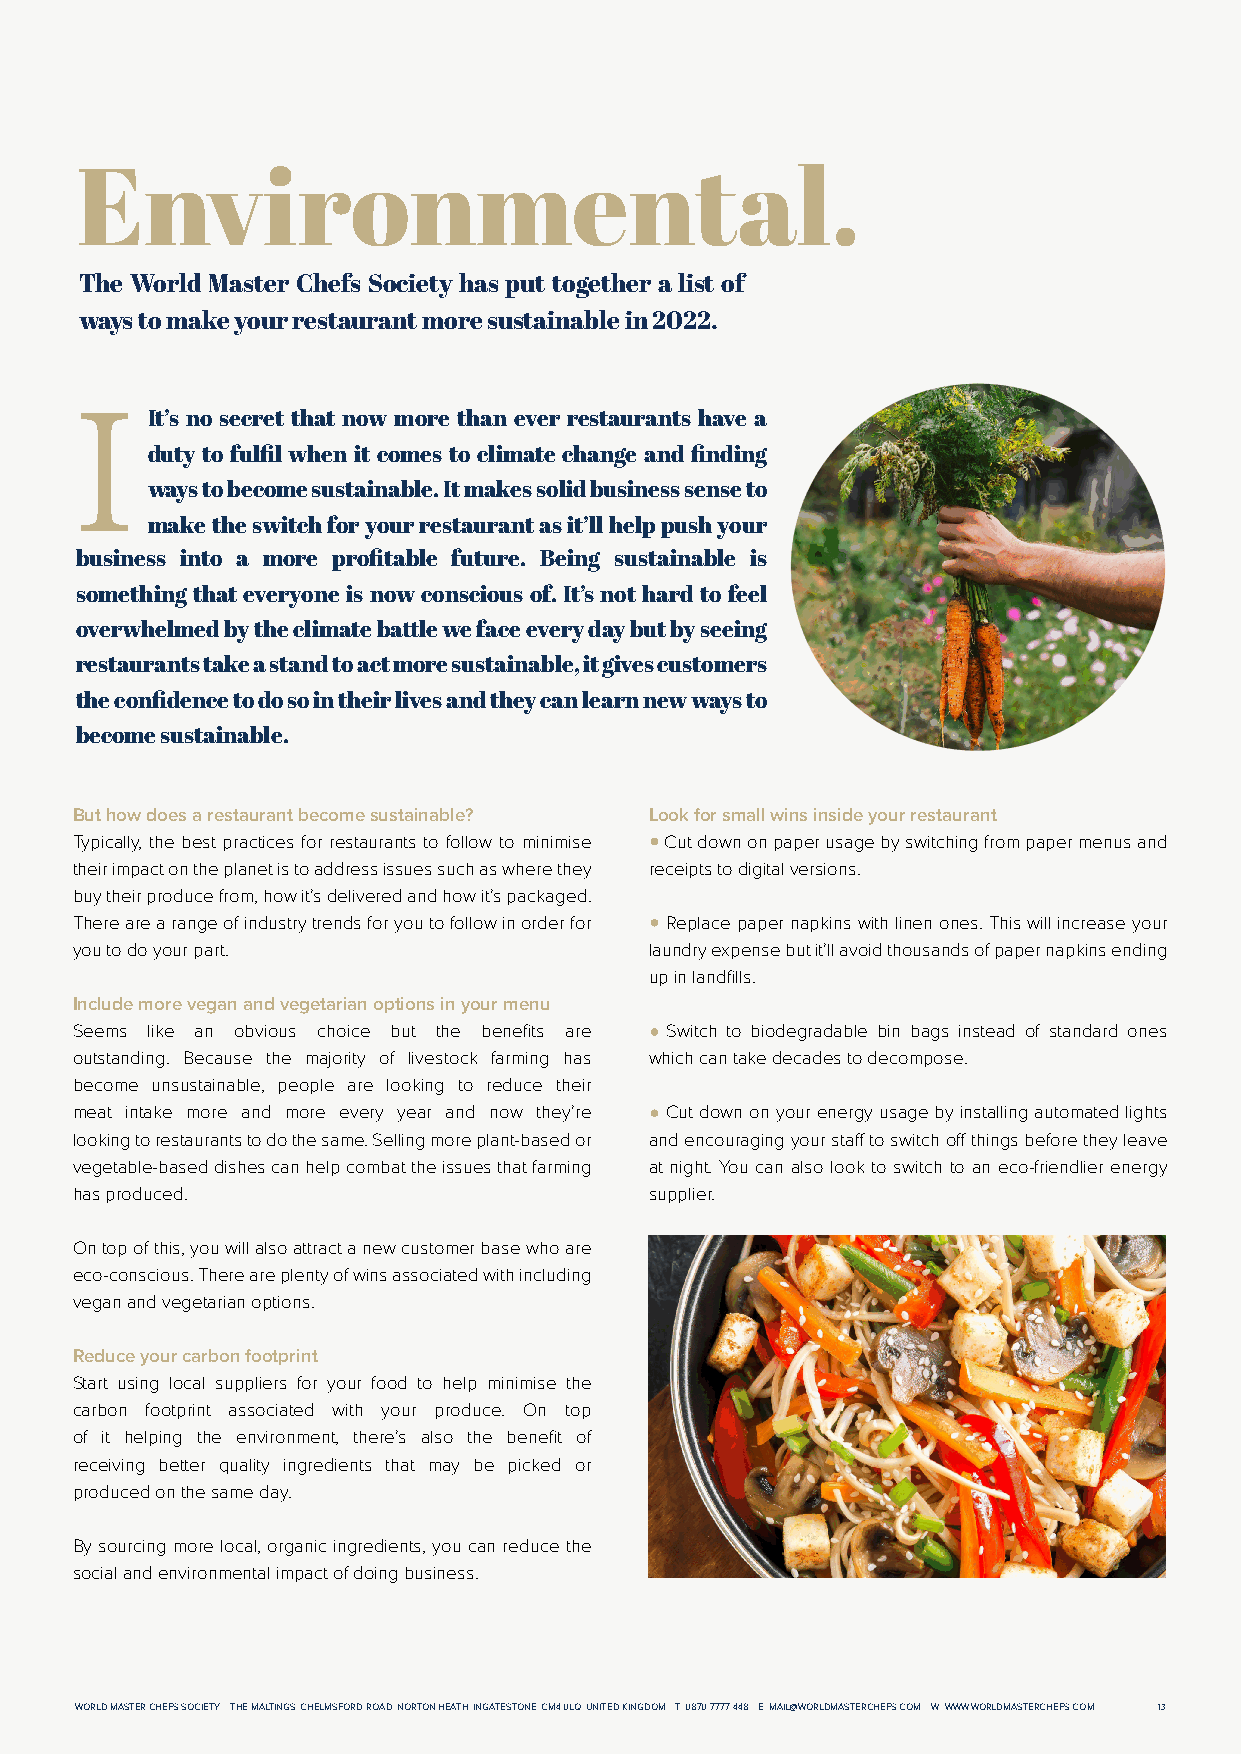
Environmental.
 The World Master Chefs Society has put together a list of
 ways to make your restaurant more sustainable in 2022.
 It’s no secret that now more than ever restaurants have a
 I
 duty to fulfil when it comes to climate change and finding
 ways to become sustainable. It makes solid business sense to
 make the switch for your restaurant as it’ll help push your
 business into a more profitable future. Being sustainable is
 something that everyone is now conscious of. It’s not hard to feel
 overwhelmed by the climate battle we face every day but by seeing
 restaurants take a stand to act more sustainable, it gives customers
 the confidence to do so in their lives and they can learn new ways to
 become sustainable.
 But how does a restaurant become sustainable? Look for small wins inside your restaurant
 Typically, the best practices for restaurants to follow to minimise Cut down on paper usage by switching from paper menus and
 their impact on the planet is to address issues such as where they receipts to digital versions.
 buy their produce from, how it’s delivered and how it’s packaged.
 There are a range of industry trends for you to follow in order for Replace paper napkins with linen ones. This will increase your
 you to do your part.                  laundry expense but it’ll avoid thousands of paper napkins ending
 up in landfills.
 Include more vegan and vegetarian options in your menu
 Seems like an obvious choice but the benefits are Switch to biodegradable bin bags instead of standard ones
 outstanding. Because the majority of livestock farming has which can take decades to decompose.
 become unsustainable, people are looking to reduce their
 meat intake more and more every year and now they’re Cut down on your energy usage by installing automated lights
 looking to restaurants to do the same. Selling more plant-based or and encouraging your staff to switch off things before they leave
 vegetable-based dishes can help combat the issues that farming at night. You can also look to switch to an eco-friendlier energy
 has produced.                         supplier.
 On top of this, you will also attract a new customer base who are
 eco-conscious. There are plenty of wins associated with including
 vegan and vegetarian options.
 Reduce your carbon footprint
 Start using local suppliers for your food to help minimise the
 carbon footprint associated with your produce. On top
 of it helping the environment, there’s also the benefit of
 receiving better quality ingredients that may be picked or
 produced on the same day.
 By sourcing more local, organic ingredients, you can reduce the
 social and environmental impact of doing business.
 WWOORRLLDD MMAASSTTEERR CCHHEEFFSS SSOOCCIIEETTYY TTHHEE MMAALLTTIINNGGSS,, CCHHEELLMMSSFFOORRDD RROOAADD,, NNOORRTTOONN HHEEAATTHH,, IINNGGAATTEESSTTOONNEE,, CCMM44 00LLQQ,, UUNNIITTEEDD KKIINNGGDDOOMM TT:: 00887700 77777777 444488 EE:: MMAAIILL@@WWOORRLLDDMMAASSTTEERRCCHHEEFFSS..CCOOMM WW:: WWWWWW..WWOORRLLDDMMAASSTTEERRCCHHEEFFSS..CCOOMM 1133